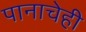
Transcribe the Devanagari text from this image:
पानाचेही